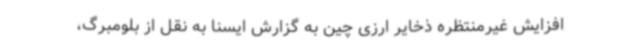
افزایش غیرمنتظره ذخایر ارزی چین به گزارش ایسنا به نقل از بلومبرگ،